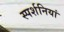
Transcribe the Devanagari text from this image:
स्पर्शनियां